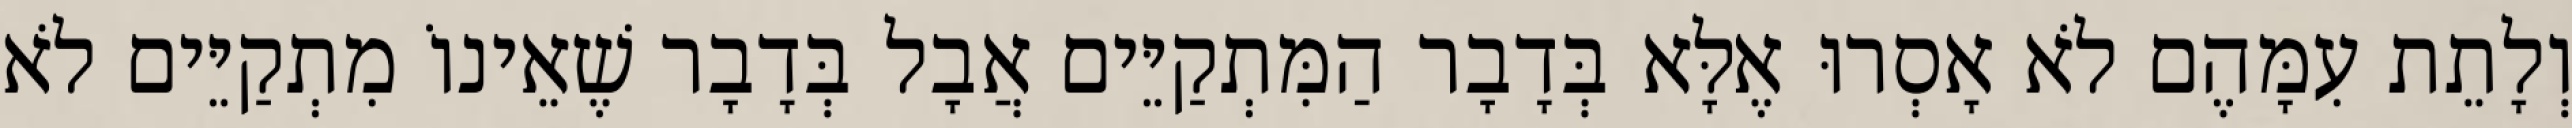
וְלָתֵת עִמָּהֶם לֹא אָסְרוּ אֶלָּא בְּדָבָר הַמִּתְקַיֵּים אֲבָל בְּדָבָר שֶׁאֵינוֹ מִתְקַיֵּים לֹא